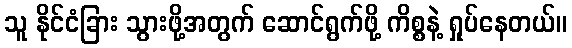
သူ နိုင်ငံခြား သွားဖို့အတွက် ဆောင်ရွက်ဖို့ ကိစ္စနဲ့ ရှုပ်နေတယ်။